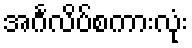
အင်္ဂလိပ်စကားလုံး